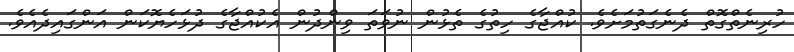
ހުރިނެތްގޮތް ދެނެގަތުމަށެވެ. ކުއްޖާގެ ހިތުގެ ތެޅުން ނުވަތަ ވިންދުން އެކުއްޖާގެ ދުޅަހެޔޮކަން އަންގައިދެއެވެ.